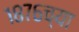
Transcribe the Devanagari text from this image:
१८७६च्या